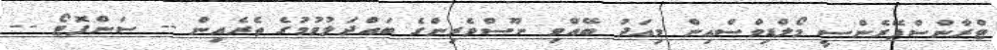
ޓްރާންސްޕޭރެންސީ މޯލްޑިވްސްއިން މިއަދު ބޭއްވި ނޫސްވެރިންގެ ބައްދަލުވުމުގެ ތެރެއިން -- ސަންފޮޓޯ --